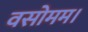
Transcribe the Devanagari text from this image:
वसोमम।